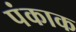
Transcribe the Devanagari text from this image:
पंकाक